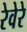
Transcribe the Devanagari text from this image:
रेवेरे